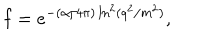
LaTeX: f = e ^ { - ( \alpha / 4 \pi ) \ln ^ { 2 } ( q ^ { 2 } / m ^ { 2 } ) } ,